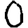
Digit: 0